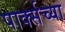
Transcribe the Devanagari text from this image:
पार्क्सच्या